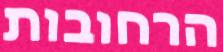
הרחובות